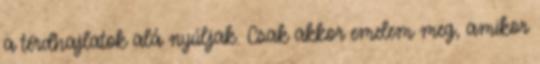
a térdhajlatok alá nyúljak. Csak akkor emelem meg, amikor